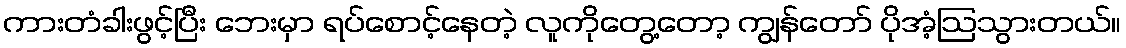
ကားတံခါးဖွင့်ပြီး ဘေးမှာ ရပ်စောင့်နေတဲ့ လူကိုတွေ့တော့ ကျွန်တော် ပိုအံ့ဩသွားတယ်။